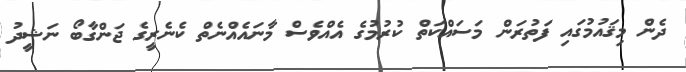
ދެން މިޤައުމުގައި ފަތުރަން މަސައްކަތް ކުރުމުގެ އެއްވެސް މާނައެއްނެތް ކެނެރީގެ ޖަންގާބޯ ނަޝީދު